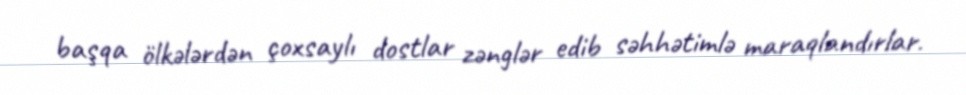
başqa ölkələrdən çoxsaylı dostlar zənglər edib səhhətimlə maraqlandırlar.